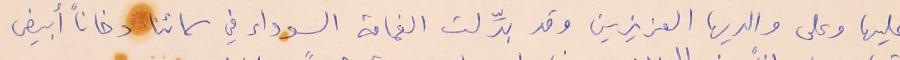
عليها وعلى والديها العزيزين وقد بدِّلت الغمامة السوداء في سمائنا دخاناً أبيض